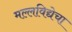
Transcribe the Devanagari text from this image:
मल्लविद्येचा